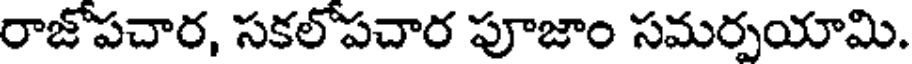
రాజోపచార, సకలోపచార పూజాం సమర్పయామి.